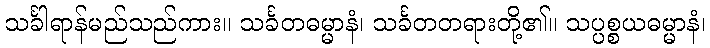
သင်္ခါရာန်မည်သည်ကား။ သင်္ခတဓမ္မာနံ၊ သင်္ခတတရားတို့၏။ သပ္ပစ္စယဓမ္မာနံ၊